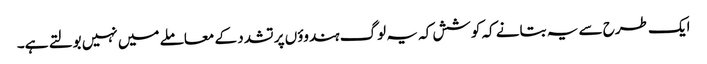
ایک طرح سے یہ بتانے کہ کوشش کہ یہ لوگ ہندوؤں پر تشدد کے معاملے میں نہیں بولتے ہے۔